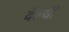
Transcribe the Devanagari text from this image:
देल्यी